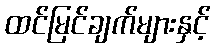
ထင်မြင်ချက်များနှင့်